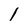
Character: l